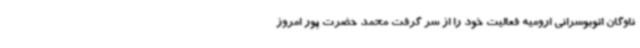
ناوگان اتوبوسرانی ارومیه فعالیت خود را از سر گرفت محمد حضرت پور امروز